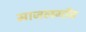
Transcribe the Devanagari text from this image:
माजलगाँव